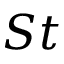
S t